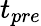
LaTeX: t_{pre}